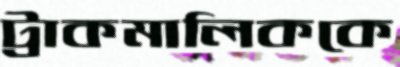
ট্রাকমালিককে